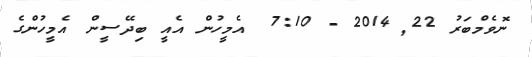
ނޮވެމްބަރު 22